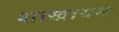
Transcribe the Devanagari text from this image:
शाखायन